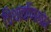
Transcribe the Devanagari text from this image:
चिथावणिखोर